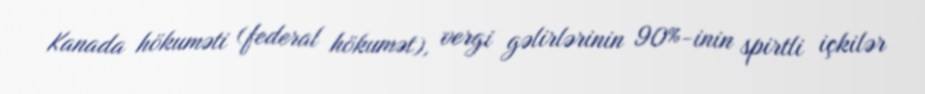
Kanada hökuməti (federal hökumət), vergi gəlirlərinin 90%-inin spirtli içkilər